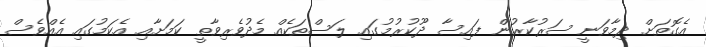
އެގޮތަށް ދިމާވަނީ ސަރުކާރުން ފައިސާ ދޫކުރުމުގައި ލަސްތަކެއް މެދުވެރިވާތީ ކަމަށާއި އެކަމުގައި އެއްވެސް